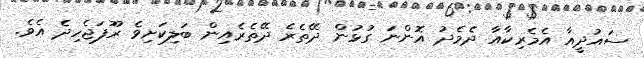
ސައުދީއާ އެމެރިކާއާ ދެމެދު އޮންނަ ގުޅުން ދޭތެރެ ދޭތެރެއިން ބަލިކަށިވެ ރޫފަޖެހިދެ އެވެ.